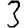
Digit: 3